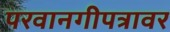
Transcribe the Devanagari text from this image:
परवानगीपत्रावर